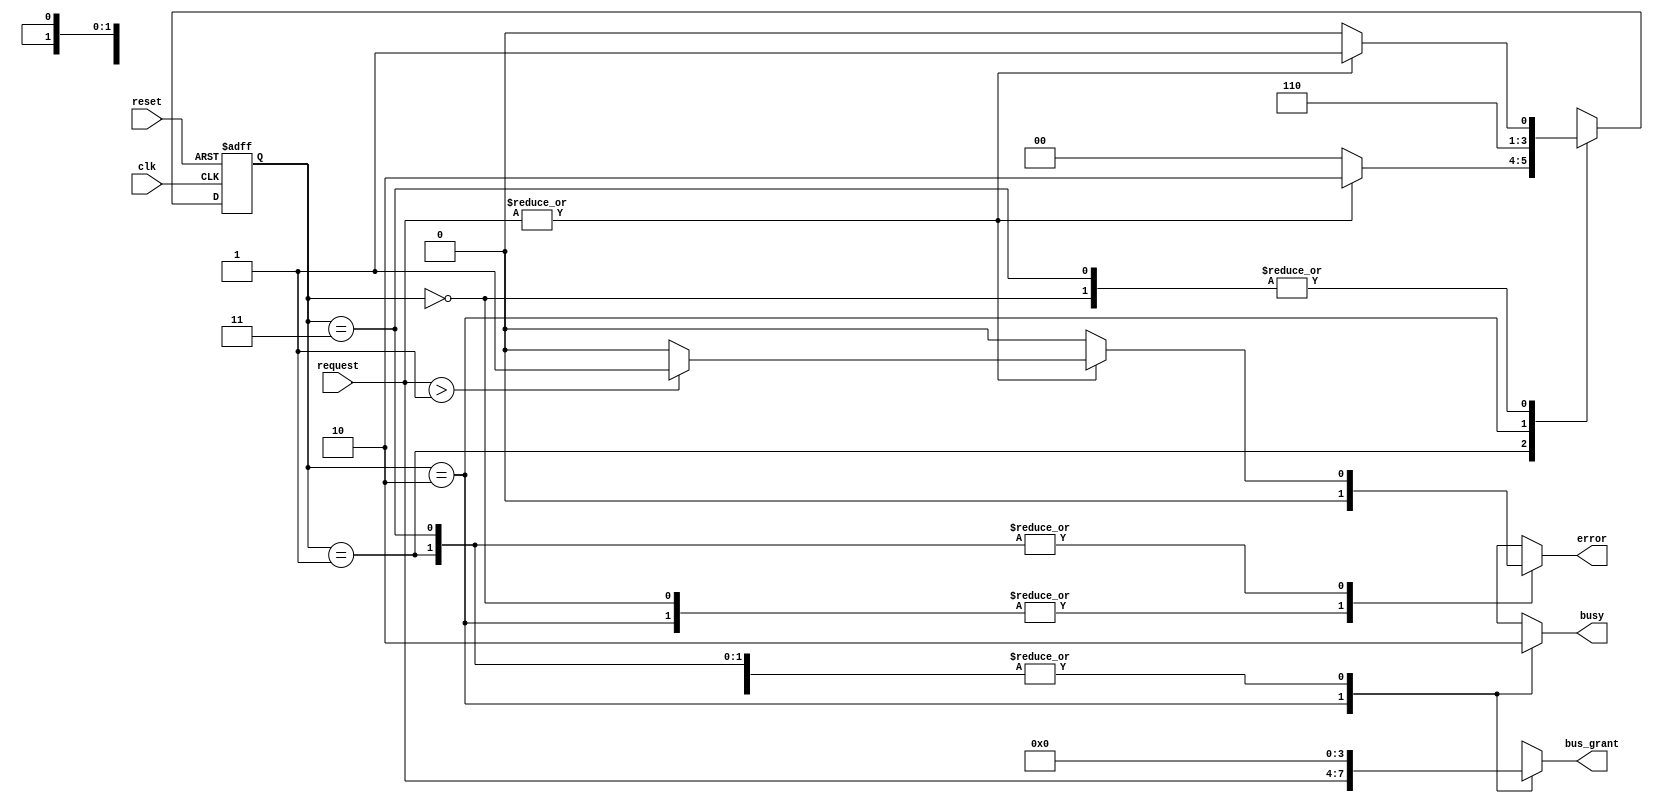
module BusController (
    input wire clk,                // Clock signal
    input wire reset,              // Reset signal
    input wire [N-1:0] request,    // Request signals from devices (N devices)
    output reg [N-1:0] bus_grant,   // Bus grant signal
    output reg busy,               // Busy signal
    output reg error               // Error signal
);

parameter N = 4; // Number of devices
parameter IDLE = 2'b00, 
          REQUEST = 2'b01, 
          GRANT = 2'b10, 
          RELEASE = 2'b11;

reg [1:0] state, next_state;

// State transition logic
always @(posedge clk or posedge reset) begin
    if (reset) begin
        state <= IDLE; // Reset to IDLE state
    end else begin
        state <= next_state; // Transition to next state
    end
end

// Next state logic
always @(*) begin
    case (state)
        IDLE: begin
            if (|request) begin // If any request is active
                next_state = REQUEST;
                error = 1'b0; // Clear error
            end else begin
                next_state = IDLE;
                error = 1'b0; // No error
            end
            bus_grant = 0; // No bus grant in IDLE
            busy = 1'b0; // Bus is not busy
        end
        
        REQUEST: begin
            if (|request) begin // If any request is still active
                next_state = GRANT;
                error = (request > 1) ? 1'b1 : 1'b0; // Check for multiple requests
            end else begin
                next_state = IDLE; // Go back to IDLE if no requests
                error = 1'b0; // No error
            end
            bus_grant = 0; // No bus grant in REQUEST
            busy = 1'b0; // Bus is not busy
        end
        
        GRANT: begin
            next_state = RELEASE; // Move to RELEASE state
            bus_grant = request; // Grant bus to the requesting device
            busy = 1'b1; // Bus is busy
            error = 1'b0; // No error
        end
        
        RELEASE: begin
            if (|request) begin // If any request is still active
                next_state = REQUEST; // Go back to REQUEST state
                error = (request > 1) ? 1'b1 : 1'b0; // Check for multiple requests
            end else begin
                next_state = IDLE; // Go back to IDLE if no requests
                error = 1'b0; // No error
            end
            bus_grant = 0; // No bus grant in RELEASE
            busy = 1'b0; // Bus is not busy
        end
        
        default: begin
            next_state = IDLE; // Default to IDLE
            bus_grant = 0;
            busy = 1'b0;
            error = 1'b0;
        end
    endcase
end

endmodule